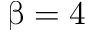
\upbeta = 4